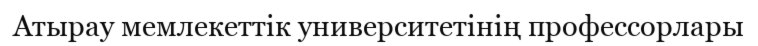
Атырау мемлекеттік университетінің профессорлары